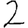
Digit: 2